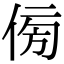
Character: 𠊓